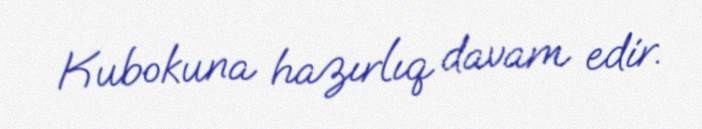
Kubokuna hazırlıq davam edir.